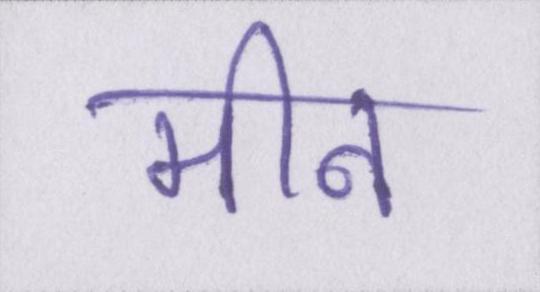
मीन